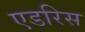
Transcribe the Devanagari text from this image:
एडरिस